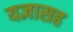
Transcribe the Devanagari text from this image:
यज्ञासह